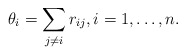
\begin{gather*}\theta_i = \sum_{j \not=i} r_{ij}, i=1,\ldots,n .\end{gather*}